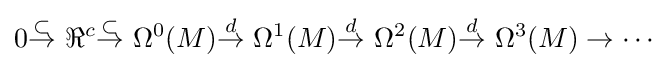
0{\stackrel {\subset }{\to }}\ {\Re ^{c}}{\stackrel {\subset }{\to }}\ {\Omega ^{0}(M)}{\stackrel {d}{\to }}\ {\Omega ^{1}(M)}{\stackrel {d}{\to }}\ {\Omega ^{2}(M)}{\stackrel {d}{\to }}\ \Omega ^{3}(M)\to \cdots